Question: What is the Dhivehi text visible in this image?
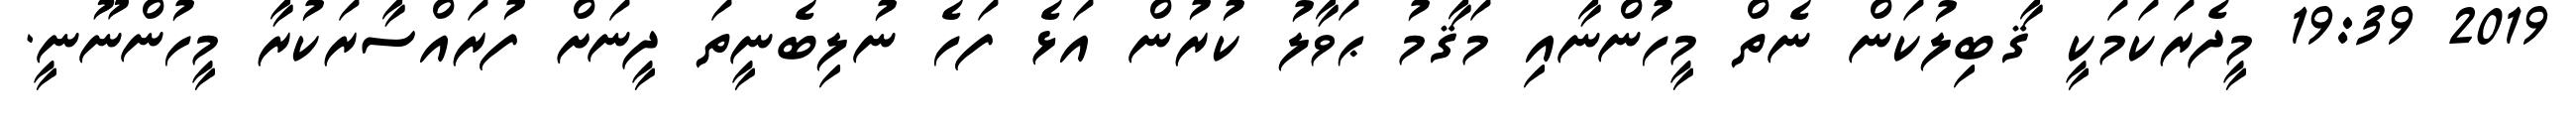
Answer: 2019 19:39 މީދެރަކަމަކީ ޤާބިލުކަން ނެތް މީހުންނާއި މަޤާމު ޙަވާލު ކުރުން އަޅެ ފަހެ ނުލިބެނީތަ ދީނަށް ފުރައްސާރަކުރާ މީހުންނޫނީ.